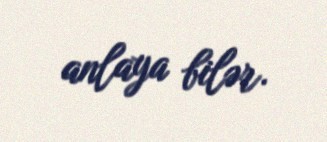
anlaya bilər.